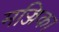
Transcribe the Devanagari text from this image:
मज्जिका